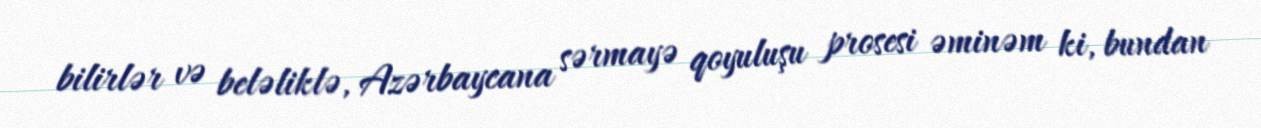
bilirlər və beləliklə, Azərbaycana sərmayə qoyuluşu prosesi əminəm ki, bundan